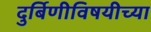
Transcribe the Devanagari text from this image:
दुर्बिणीविषयीच्या